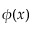
\phi ( x )